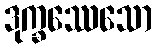
ဒုက္ခဿေသော